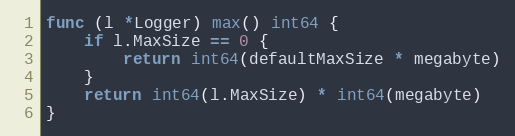
Language: Go
func (l *Logger) max() int64 {
	if l.MaxSize == 0 {
		return int64(defaultMaxSize * megabyte)
	}
	return int64(l.MaxSize) * int64(megabyte)
}